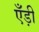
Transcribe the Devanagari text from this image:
एँड़ी